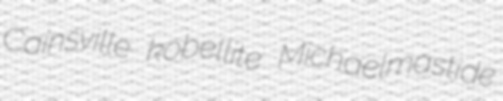
Cainsville kobellite Michaelmastide